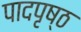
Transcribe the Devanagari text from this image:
पादपृष्ठ